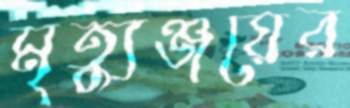
মৃত্যুঞ্জয়ের